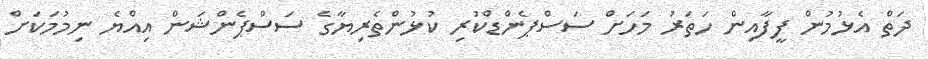
ދަތް އެޅުމުން ފީފާއިން ހަތަރު މަހަށް ސަސްޕެންޑްކުރި ކުޅުންތެރިޔާގެ ސަސްޕެންޝަން އިއްޔެ ނިމުމަކަށް